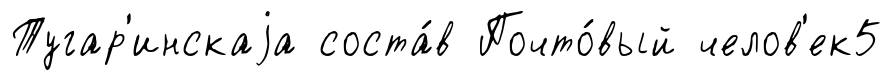
Тугар'инскаjа соста́в Почто́вый челов'ек5